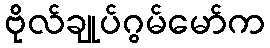
ဗိုလ်ချုပ်ဂွမ်မော်က